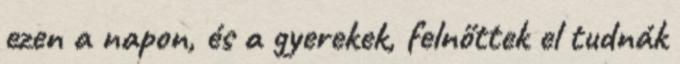
ezen a napon, és a gyerekek, felnőttek el tudnák